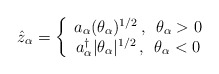
\begin{align*}\hat z_{\alpha} = \left\{ \begin{array}{c} a_{\alpha}(\theta_{\alpha})^{1/2} \, , \enspace \theta_{\alpha}>0 \\a_{\alpha}^{\dagger}|\theta_{\alpha}|^{1/2} \, , \enspace \theta_{\alpha}<0\end{array} \right.\end{align*}